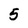
Character: 5